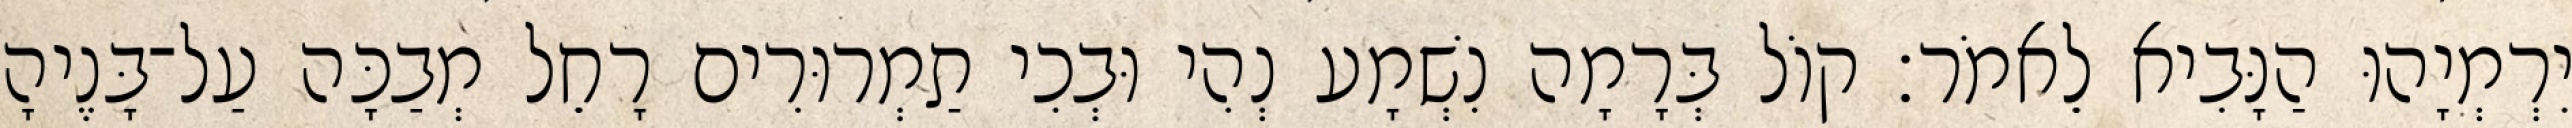
יִרְמְיָהוּ הַנָּבִיא לֵאמֹר׃ קוֹל בְּרָמָה נִשְׁמָע נְהִי וּבְכִי תַמְרוּרִים רָחֵל מְבַכָּה עַל־בָּנֶיהָ